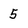
Character: 5